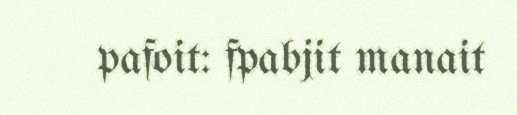
pafoit: fpabjit manait